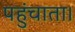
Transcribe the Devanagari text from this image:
पहुंचाता।